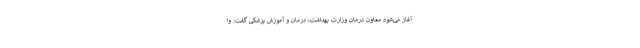
آغاز می‌شود معاون درمان وزارت بهداشت، درمان و آموزش پزشکی گفت: وا